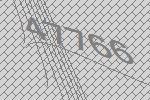
47766